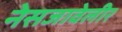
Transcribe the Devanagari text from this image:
नेसजावेलीर